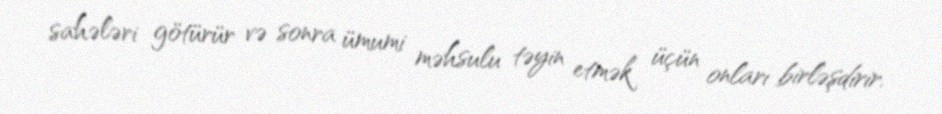
sahələri götürür və sonra ümumi məhsulu təyin etmək üçün onları birləşdirir.